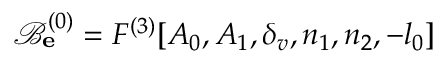
\mathcal { B } _ { \bf e } ^ { ( 0 ) } = F ^ { ( 3 ) } [ A _ { 0 } , A _ { 1 } , \delta _ { v } , n _ { 1 } , n _ { 2 } , - l _ { 0 } ]